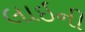
લાઇની